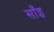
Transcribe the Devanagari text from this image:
साँइ